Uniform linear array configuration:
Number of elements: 4
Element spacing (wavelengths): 0.75
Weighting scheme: kaiser
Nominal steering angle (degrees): -45
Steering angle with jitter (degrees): -44.787
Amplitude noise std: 0.05
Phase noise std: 0.05

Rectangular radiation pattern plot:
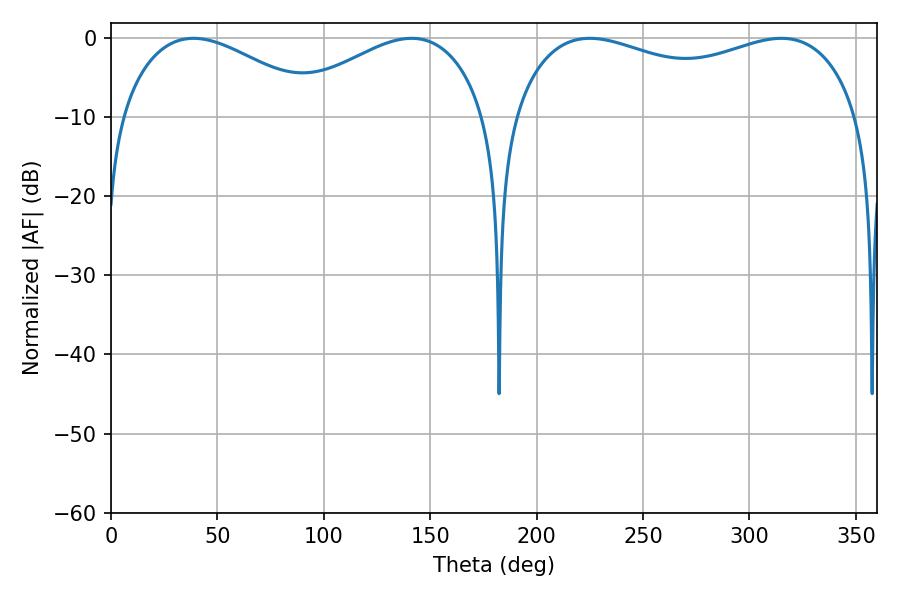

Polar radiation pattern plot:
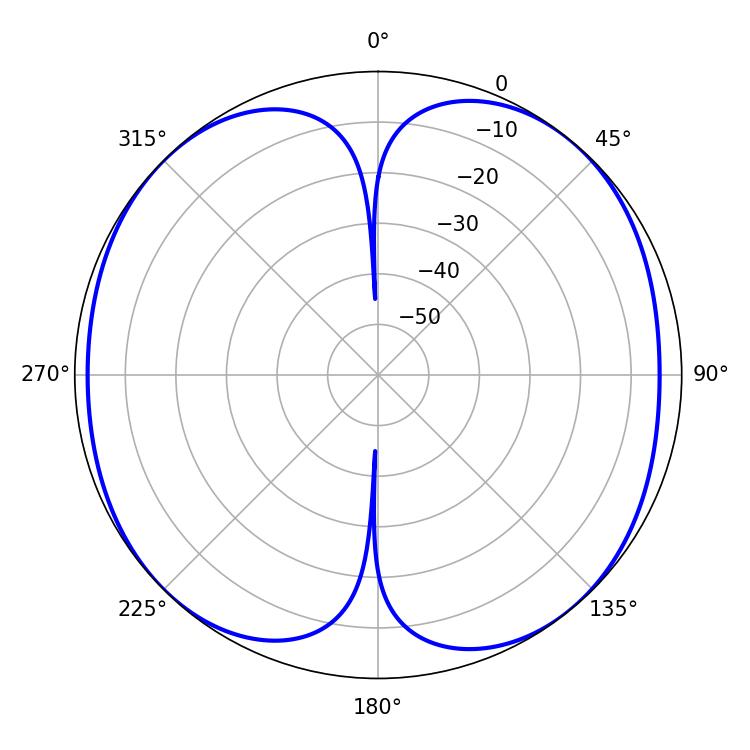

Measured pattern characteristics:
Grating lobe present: TRUE
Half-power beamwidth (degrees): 133.92
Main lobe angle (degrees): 225